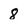
Character: 8